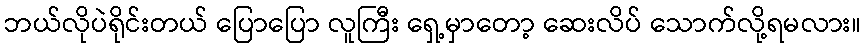
ဘယ်လိုပဲရိုင်းတယ် ပြောပြော လူကြီး ရှေ့မှာတော့ ဆေးလိပ် သောက်လို့ရမလား။